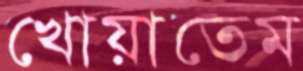
খোয়াতেম